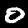
Digit: 0